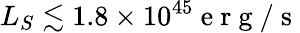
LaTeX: L_{S}\lesssim 1.8\times 10^{45}\mathrm{~e~r~g~}/\mathrm{~s~}